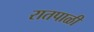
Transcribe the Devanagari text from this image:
रातपाळी